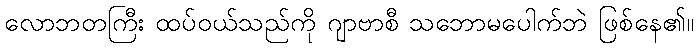
လောဘတကြီး ထပ်ဝယ်သည်ကို ဂျာဗာစီ သဘောမပေါက်ဘဲ ဖြစ်နေ၏။